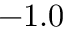
- 1 . 0